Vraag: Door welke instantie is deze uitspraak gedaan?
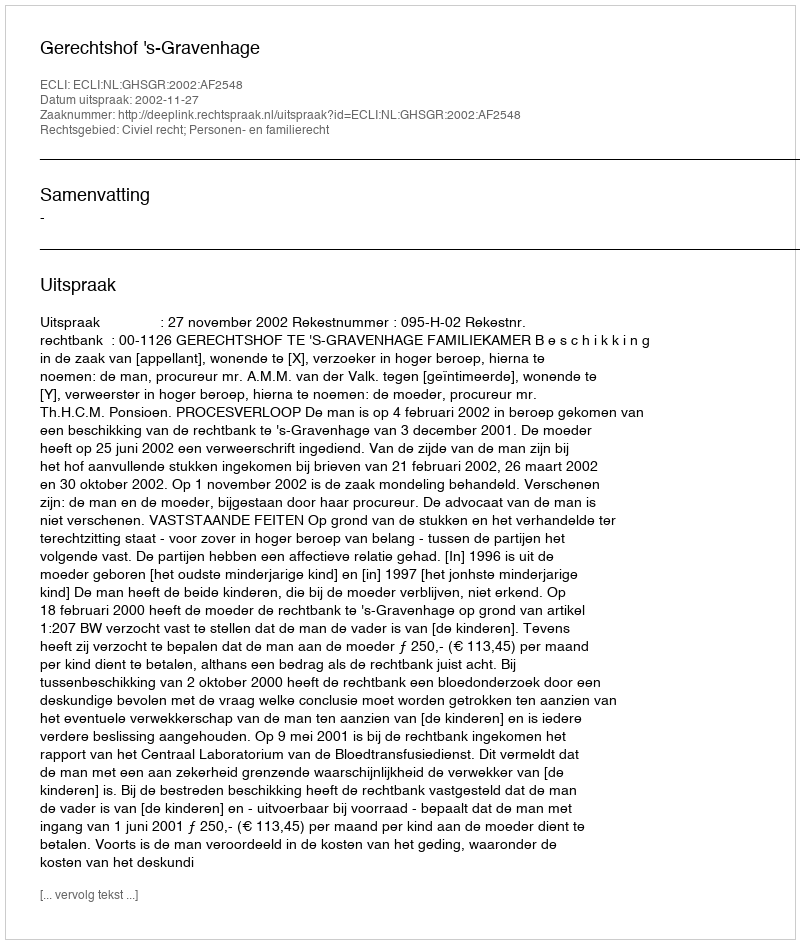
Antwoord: Gerechtshof 's-Gravenhage